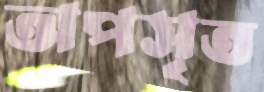
অপসৃত